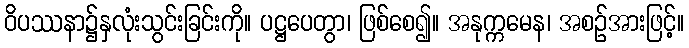
ဝိပဿနာ၌နှလုံးသွင်းခြင်းကို။ ပဋ္ဌပေတွာ၊ ဖြစ်စေ၍။ အနုက္ကမေန၊ အစဉ်အားဖြင့်။